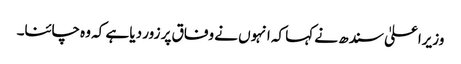
وزیراعلیٰ سندھ نے کہا کہ انہوں نے وفاق پر زور دیا ہے کہ وہ چائنا۔